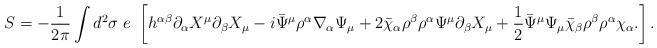
LaTeX: \begin{align*}S= -\frac{1}{2\pi}\int d^2\sigma ~e~\left [ h^{\alpha\beta}\partial_{\alpha}X^{\mu }\partial_{\beta}X_{\mu } -i\bar \Psi^{\mu}\rho^{\alpha}\nabla_{\alpha}\Psi_{\mu}+ 2\bar{\chi}_{\alpha}\rho^{\beta}\rho^{\alpha}\Psi^{\mu}\partial_{\beta}X_{\mu}+\frac{1}{2}\bar{\Psi }^{\mu}\Psi_{\mu}\bar{\chi}_{\beta} \rho^{\beta}\rho^{\alpha}\chi_{\alpha}.\right ].\end{align*}